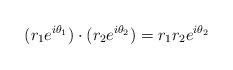
LaTeX: \begin{align*}(r_{1}e^{i\theta_{1}})\cdot(r_{2}e^{i\theta_{2}})=r_{1}r_{2}e^{i\theta_{2}}\end{align*}